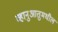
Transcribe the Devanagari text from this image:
व्हानुआतुमधील